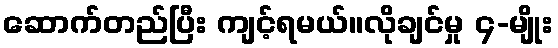
ဆောက်တည်ပြီး ကျင့်ရမယ်။လိုချင်မှု ၄-မျိုး